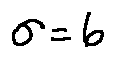
\sigma = 6